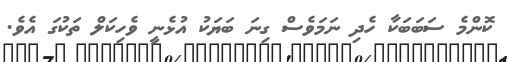
ކޮންމެ ސަބަބަކާ ހެދި ނަމަވެސް ގިނަ ބަޔަކު އުޅެނީ ވެހިކަލް ތަކުގަ އެވެ.